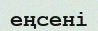
еңсені